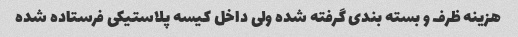
هزینه ظرف و بسته بندی گرفته شده ولی داخل کیسه پلاستیکی فرستاده شده